Report of the Indian Hemp Drugs Commission, 1894-1895 - Volume IV
Year: 1894
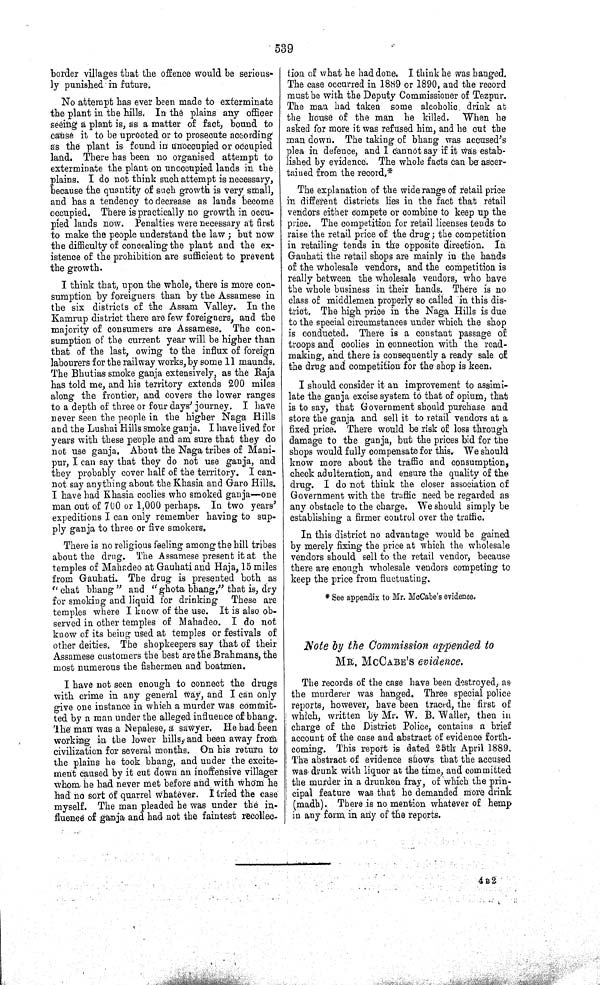
539
border villages that the offence would be serious-
ly punished in future.
No attempt has ever been made to exterminate
the plant in the hills. In the plains any officer
seeing a plant is, as a matter of fact, bound to
cause it to be uprooted or to prosecute according
as the plant is found in unoccupied or occupied
land. There has been no organised attempt to
exterminate the plant on unoccupied lands in the
plains. I do not think such attempt is necessary,
because the quantity of such growth is very small,
and has a tendency to decrease as lands become
occupied. There is practically no growth in occu-
pied lands now. Penalties were necessary at first
to make the people understand the law; but now
the difficulty of concealing the plant and the ex-
istence of the prohibition are sufficient to prevent
the growth.
I think that, upon the whole, there is more con-
sumption by foreigners than by the Assamese in
the six districts of the Assam Valley. In the
Kamrup district there are few foreigners, and the
majority of consumers are Assamese. The con-
sumption of the current year will be higher than
that of the last, owing to the influx of foreign
labourers for the railway works, by some 11 maunds.
The Bhutias smoke ganja extensively, as the Raja
has told me, and his territory extends 200 miles
along the frontier, and covers the lower ranges
to a depth of three or four days' journey. I have
never seen the people in the higher Naga Hills
and the Lushai Hills smoke ganja. I have lived for
years with these people and am sure that they do
not use ganja. About the Naga tribes of Mani-
pur, I can say that they do not use ganja, and
they probably cover half of the territory. I can-
not say anything about the Khasia and Garo Hills.
I have had Khasia coolies who smoked ganja—one
man out of 700 or 1,000 perhaps. In two years'
expeditions I can only remember having to sup-
ply ganja to three or five smokers.
There is no religious feeling among the hill tribes
about the drug. The Assamese present it at the
temples of Mahadeo at Gauhati and Haja, 15 miles
from Gauhati. The drug is presented both as
"chat bhang" and "ghota bhang," that is, dry
for smoking and liquid for drinking
These are
temples where I know of the use. It is also ob-
served in other temples of Mahadeo. I do not
know of its being used at temples or festivals of
other deities. The shopkeepers say that of their
Assamese customers the best are the Brahmans, the
most numerous the fishermen and boatmen.
I have not seen enough to connect the drugs
with crime in any general way, and I can only
give one instance in which a murder was commit-
ted by a man under the alleged influence of bhang.
The man was a Nepalese, a sawyer. He had been
working in the lower hills, and been away from
civilization for several months. On his return to
the plains he took bhang, and under the excite-
ment caused by it cut down an inoffensive villager
whom he had never met before and with whom he
had no sort of quarrel whatever. I tried the case
myself. The man pleaded he was under the in-
fluence of ganja and had not the faintest recollec-
tion of what he had done. I think he was hanged.
The case occurred in 1889 or 1890, and the record
must be with the Deputy Commissioner of Tezpur.
The man had taken some alcoholic drink at
the house of the man he killed. When he
asked for more it was refused him, and he cut the
man down. The taking of bhang was accused's
plea in defence, and I cannot say if it was estab-
lished by evidence. The whole facts can be ascer-
tained from the record.*
The explanation of the wide range of retail price
in different districts lies in the fact that retail
vendors either compete or combine to keep up the
price. The competition for retail licenses tends to
raise the retail price of the drug; the competition
in retailing tends in the opposite direction. In
Gauhati the retail shops are mainly in the hands
of the wholesale vendors, and the competition is
really between the wholesale vendors, who have
the whole business in their hands. There is no
class of middlemen properly so called in this dis-
trict. The high price in the Naga Hills is due
to the special circumstances under which the shop
is conducted. There is a constant passage of
troops and coolies in connection with the road-
making, and there is consequently a ready sale of
the drug and competition for the shop is keen.
I should consider it an improvement to assimi-
late the ganja excise system to that of opium, that
is to say, that Government should purchase and
store the ganja and sell it to retail vendors at a
fixed price. There would be risk of loss through
damage to the ganja, but the prices bid for the
shops would fully compensate for this. We should
know more about the traffic and consumption,
check adulteration, and ensure the quality of the
drug. I do not think the closer association of
Government with the traffic need be regarded as
any obstacle to the charge. We should simply be
establishing a firmer control over the traffic.
In this district no advantage would be gained
by merely fixing the price at which the wholesale
vendors should sell to the retail vendor, because
there are enough wholesale vendors competing to
keep the price from fluctuating.
* See appendix to Mr. McCabe' s evidence.
Note by the Commission appended to
MR. MCCABE'S evidence.
The records of the case have been destroyed, as
the murderer was hanged. Three special police
reports, however, have been traced, the first of
which, written by Mr. W. B. Waller, then in
charge of the District Police, contains a brief
account of the case and abstract of evidence forth-
coming. This report is dated 25th April 1889.
The abstract of evidence shows that the accused
was drunk with liquor at the time, and committed
the murder in a drunken fray, of which the prin-
cipal feature was that he demanded more drink
(madh). There is no mention whatever of hemp
in any form in any of the reports.
4 B 2